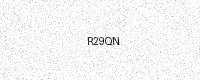
Text: R29QN